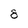
Character: 8